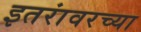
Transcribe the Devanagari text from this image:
इतरांवरच्या